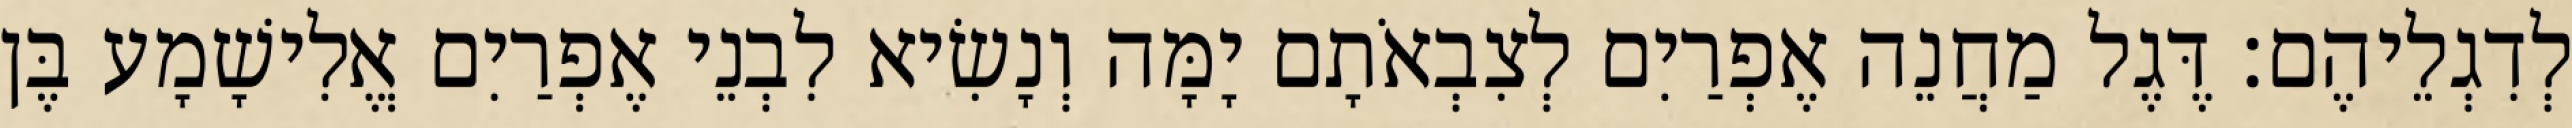
לְדִגְלֵיהֶם׃ דֶּגֶל מַחֲנֵה אֶפְרַיִם לְצִבְאֹתָם יָמָּה וְנָשִׂיא לִבְנֵי אֶפְרַיִם אֱלִישָׁמָע בֶּן